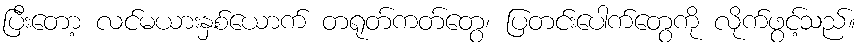
ပြီးတော့ လင်မယားနှစ်ယောက် တရုတ်ကတ်တွေ၊ ပြတင်းပေါက်တွေကို လိုက်ဖွင့်သည်။